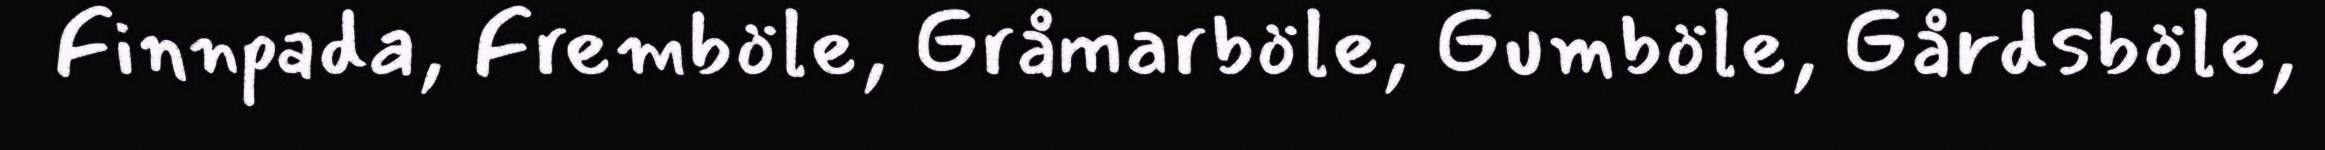
Finnpada, Fremböle, Gråmarböle, Gumböle, Gårdsböle,